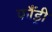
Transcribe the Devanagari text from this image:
फौंड्री